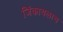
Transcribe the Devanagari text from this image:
जिंकायलाच